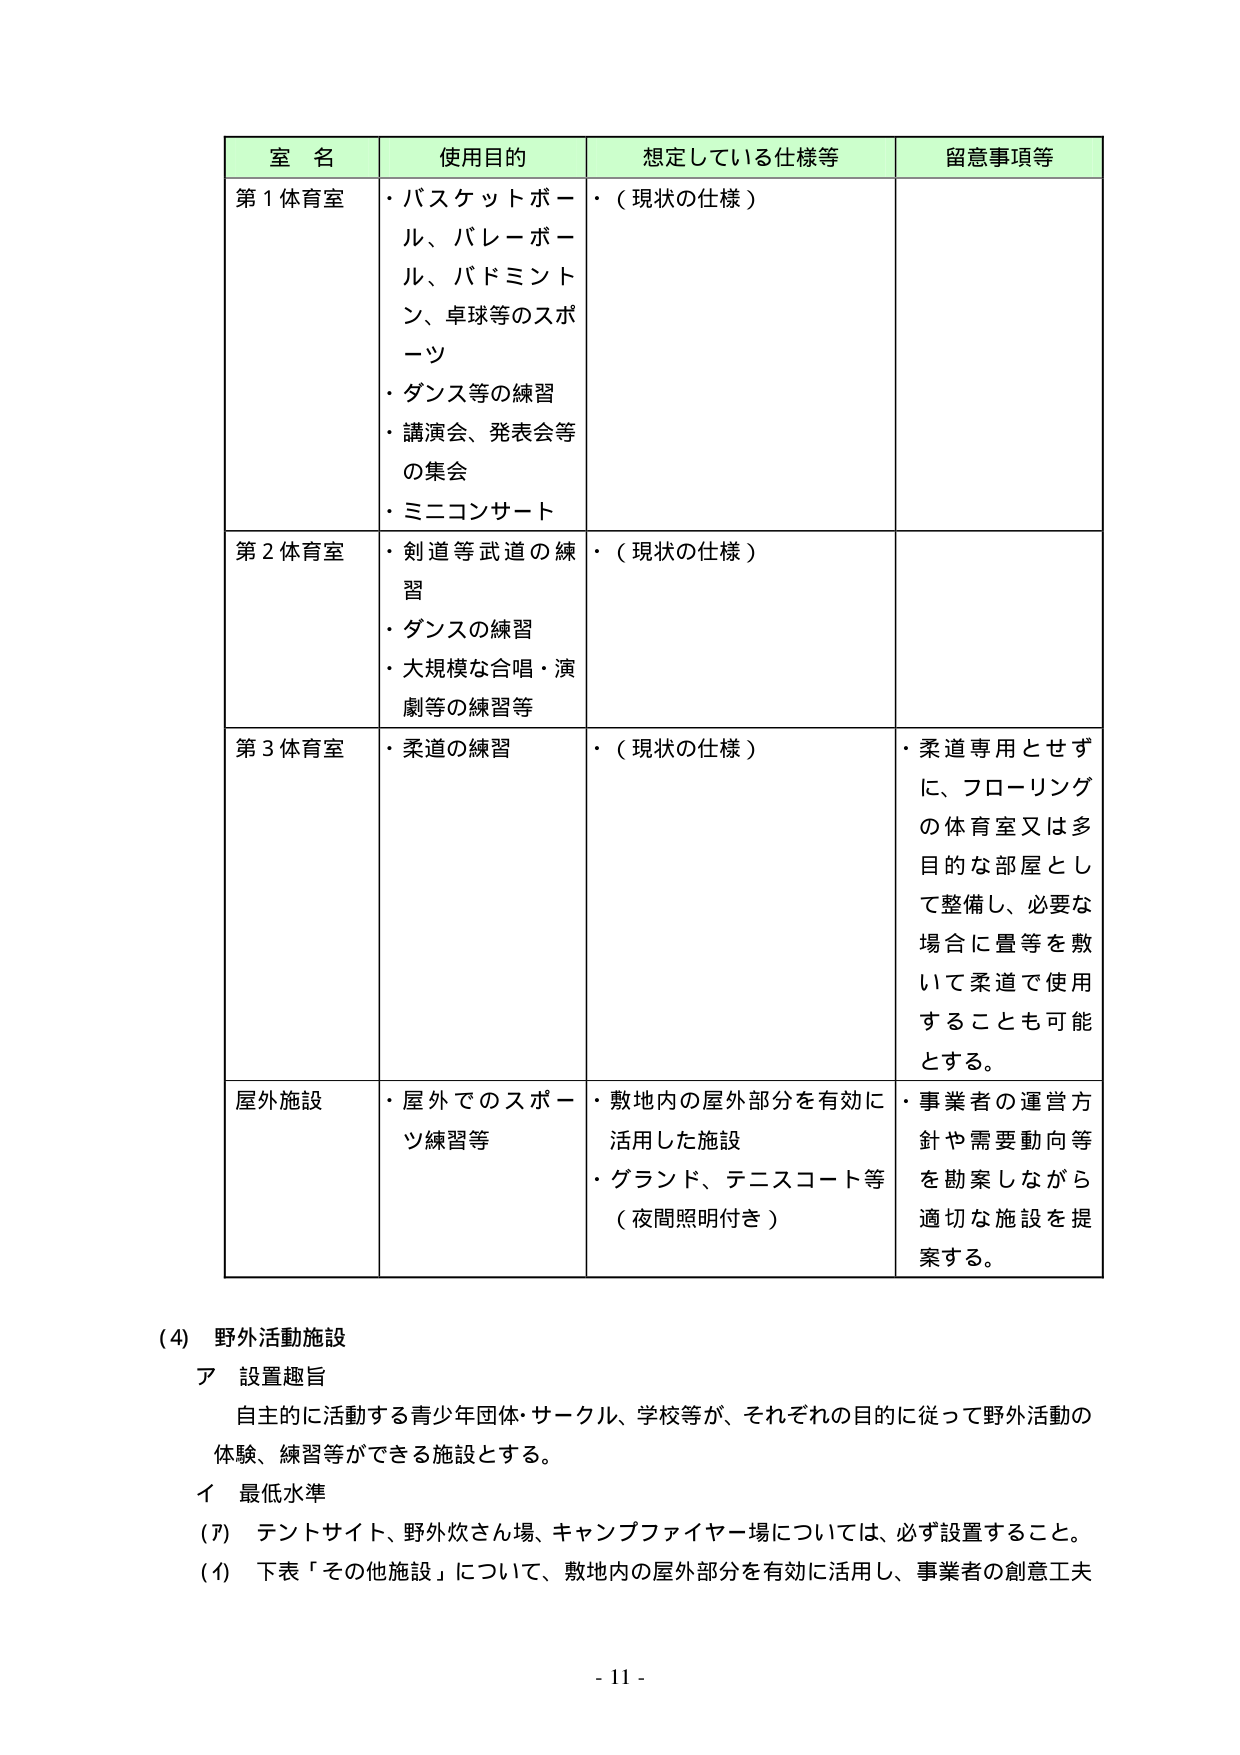
室 名
使用目的
想定している仕様等
留意事項等
第１体育室
・バスケットボール、バレーボール、バドミントン、卓球等のスポーツ
・ダンス等の練習
・講演会、発表会等の集会
・ミニコンサート
・（現状の仕様）
第２体育室
・剣道等武道の練習
・ダンスの練習
・大規模な合唱・演劇等の練習等
・（現状の仕様）
第３体育室
・柔道の練習
・（現状の仕様）
・柔道専用とせずに、フローリングの体育室又は多目的な部屋として整備し、必要な場合に畳等を敷いて柔道で使用することも可能とする。
屋外施設
・屋外でのスポーツ練習等
・敷地内の屋外部分を有効に活用した施設
・グランド、テニスコート等（夜間照明付き）
・事業者の運営方針や需要動向等を勘案しながら適切な施設を提案する。

(4) 野外活動施設
ア 設置趣旨
自主的に活動する青少年団体・サークル、学校等が、それぞれの目的に従って野外活動の体験、練習等ができる施設とする。
イ 最低水準
(ｱ) テントサイト、野外炊さん場、キャンプファイヤー場については、必ず設置すること。
(ｲ) 下表「その他施設」について、敷地内の屋外部分を有効に活用し、事業者の創意工夫

- 11 -